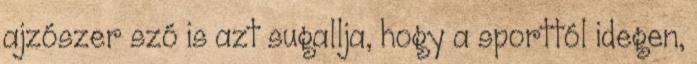
ajzószer szó is azt sugallja, hogy a sporttól idegen,